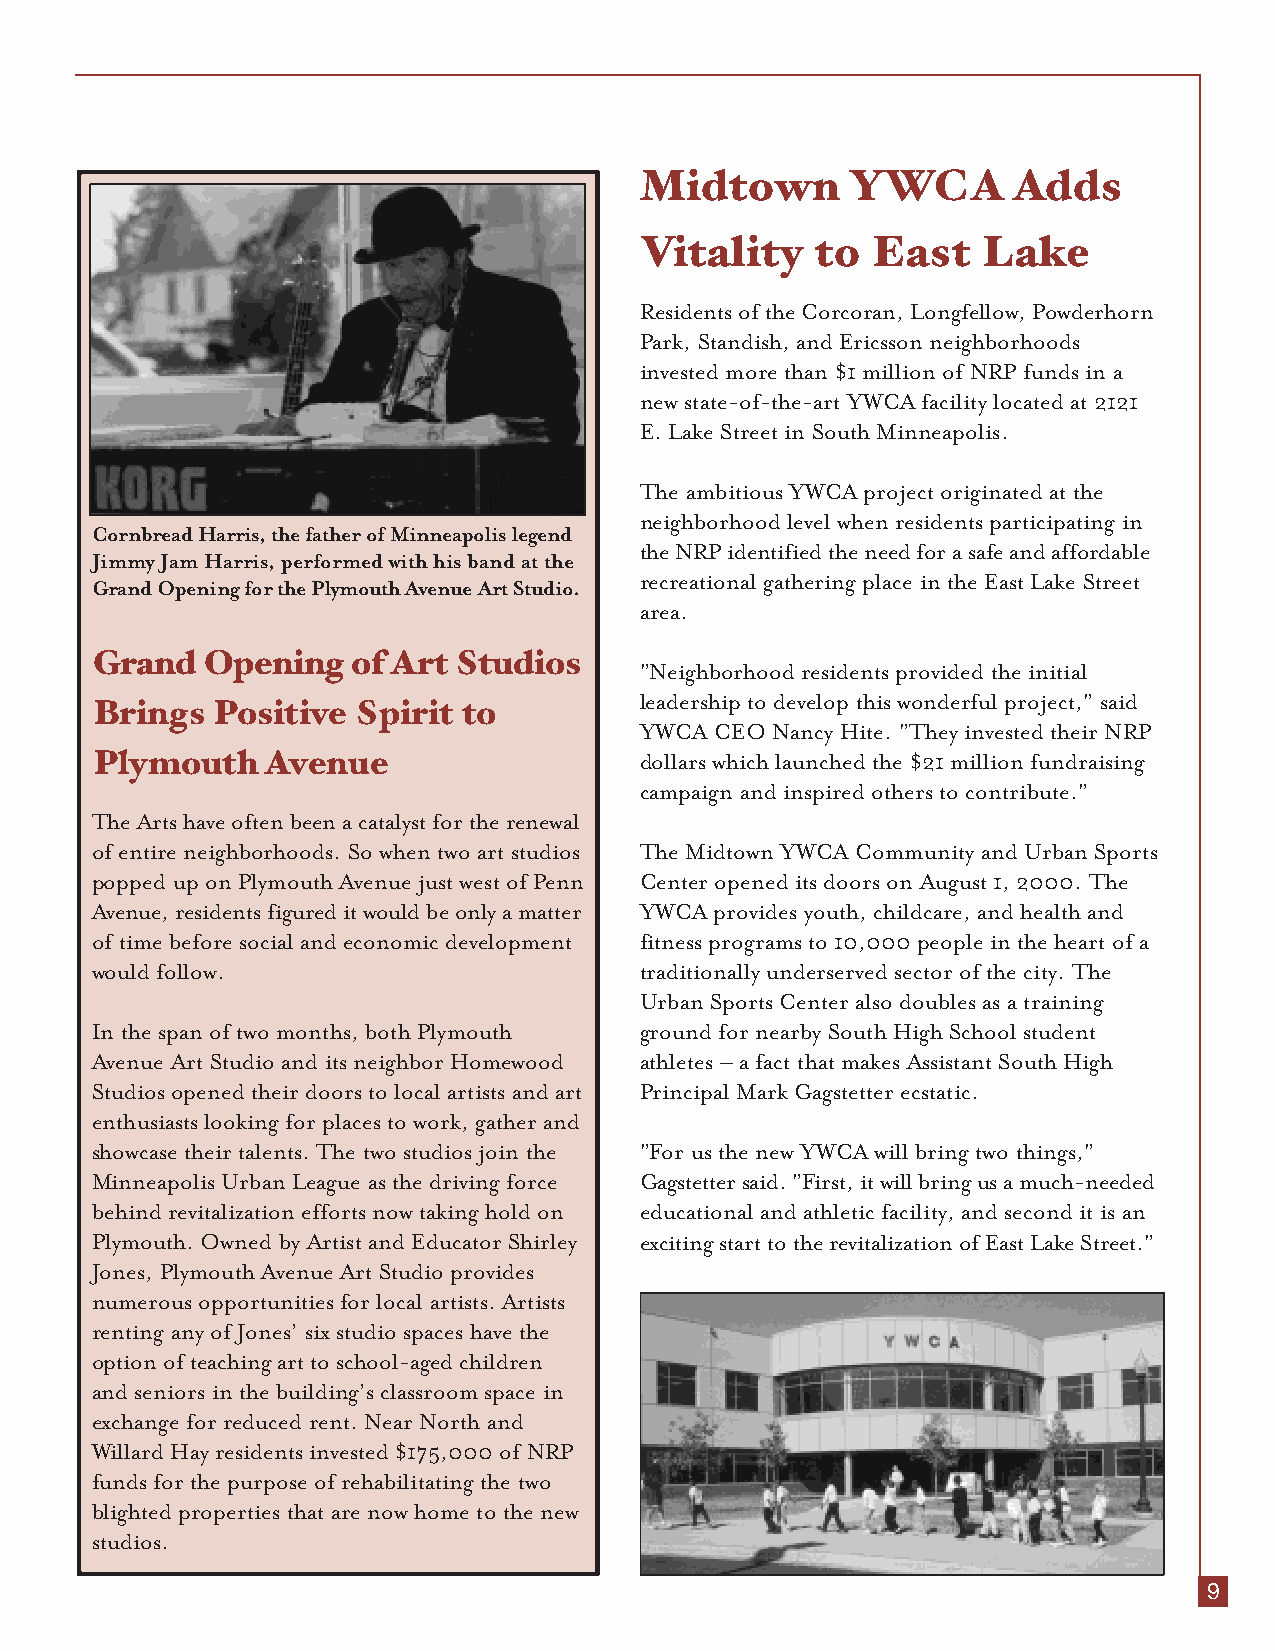
Midtown       YWCA       Adds
 Vitality    to  East   Lake
 Residents of the Corcoran, Longfellow, Powderhorn
 Park, Standish, and Ericsson neighborhoods
 invested more than $1 million of NRP funds in a
 new state-of-the-art YWCA facility located at 2121
 E. Lake Street in South Minneapolis.
 The ambitious YWCA project originated at the
 neighborhood level when residents participating in
 Cornbread Harris, the father of Minneapolis legend
 the NRP identified the need for a safe and affordable
 Jimmy Jam Harris, performed with his band at the
 recreational gathering place in the East Lake Street
 Grand Opening for the Plymouth Avenue Art Studio.
 area.
 Grand  Opening   of Art Studios
 "Neighborhood residents provided the initial
 leadership to develop this wonderful project," said
 Brings  Positive  Spirit to
 YWCA CEO Nancy Hite. "They invested their NRP
 Plymouth    Avenue                  dollars which launched the $21 million fundraising
 campaign and inspired others to contribute."
 The Arts have often been a catalyst for the renewal
 of entire neighborhoods. So when two art studios The Midtown YWCA Community and Urban Sports
 popped up on Plymouth Avenue just west of Penn Center opened its doors on August 1, 2000. The
 Avenue, residents figured it would be only a matter YWCA provides youth, childcare, and health and
 of time before social and economic development fitness programs to 10,000 people in the heart of a
 would follow.                       traditionally underserved sector of the city. The
 Urban Sports Center also doubles as a training
 In the span of two months, both Plymouth ground for nearby South High School student
 Avenue Art Studio and its neighbor Homewood athletes – a fact that makes Assistant South High
 Studios opened their doors to local artists and art Principal Mark Gagstetter ecstatic.
 enthusiasts looking for places to work, gather and
 showcase their talents. The two studios join the "For us the new YWCA will bring two things,"
 Minneapolis Urban League as the driving force Gagstetter said. "First, it will bring us a much-needed
 behind revitalization efforts now taking hold on educational and athletic facility, and second it is an
 Plymouth. Owned by Artist and Educator Shirley exciting start to the revitalization of East Lake Street."
 Jones, Plymouth Avenue Art Studio provides
 numerous opportunities for local artists. Artists
 renting any of Jones’ six studio spaces have the
 option of teaching art to school-aged children
 and seniors in the building’s classroom space in
 exchange for reduced rent. Near North and
 Willard Hay residents invested $175,000 of NRP
 funds for the purpose of rehabilitating the two
 blighted properties that are now home to the new
 studios.
 9